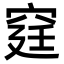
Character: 𥥶